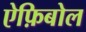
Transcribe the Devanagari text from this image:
ऐफ़िबोल